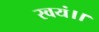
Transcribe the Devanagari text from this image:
स्वयं।।